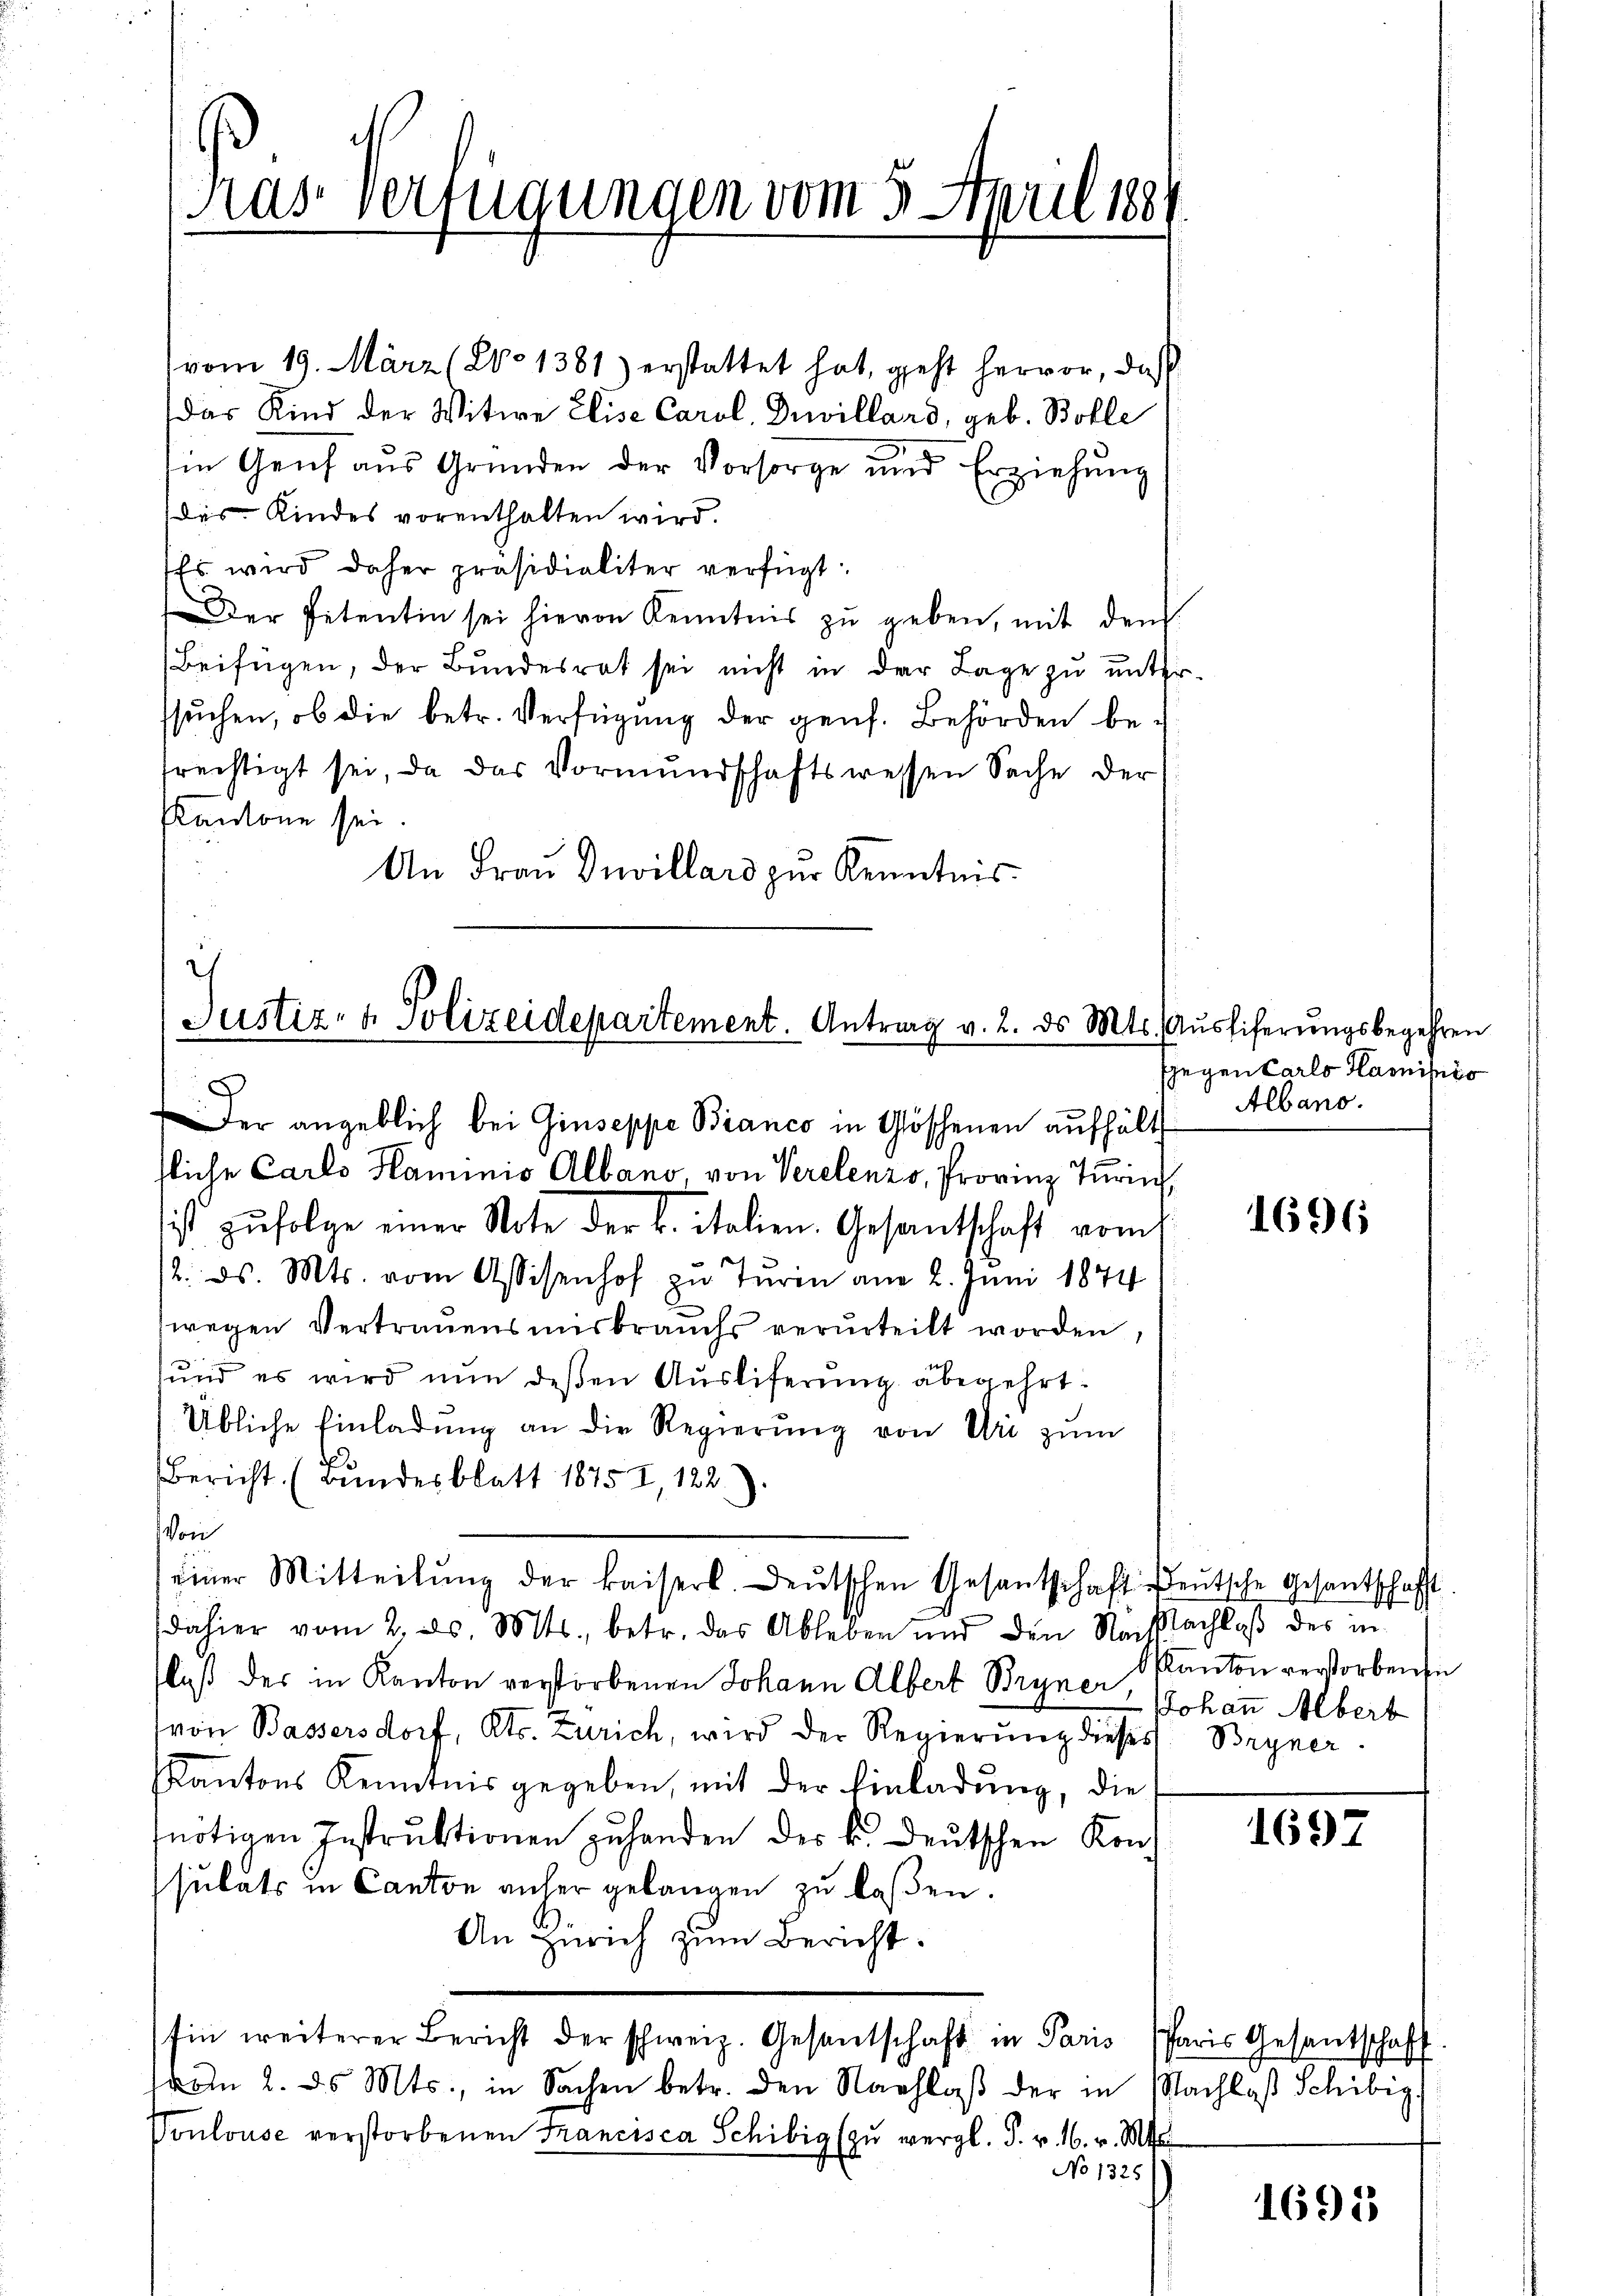
as Verfügungen vom 3. April 188

vom 19. März (2o 1381) erstattet hat, geht hervor, daß
Das Kind der Witwe Elise Carol, Dreillard, geb. Bolle
in Genf aus Gründen der Vorsorge und Erziehung
(des Kindes vorenthalten wird.
Es wird daher präsidialiter verfügt:
Der Petentin sei hievon Kenntnis zu geben, mit den
Beifügen, der Bundesrat sei nicht in der Lage zu unterssŭchen, ob die betr. Verfügŭng der gens. Behörden be-
frechtigt sei, da das Vormŭndschaftswessen Sache der
Cantone sei.
An Frau Duvillard zur Kenntnis

i
Justiz- & Polizeidepartement. Antrag v. 2. ds Mts. Ausliferungsbegehren

Der angeblich bei Giuseppe Bianco in Göschenen aufhält
sliche Carls Haminio Albano, von Verelenz, Provinz Turin,

ist zŭfolge einer Note der B. italien. Gesandtschaft vom
/2. ds. Mts. vom Assesenhof zu Turin am 2. Juni 1874
e
wegen Vertrauensmisbrauchs verurteilt worden,
ŭnd es wird nun deβen Aŭsliferŭng abegehrt:
Übliche Einladŭng an die Regierŭng von Uri zŭm
Bericht (Bundesblatt 1875 I, 122
von
dahier vom 2. ds. Mts., betr. das Ableben und den Nachachlaβ des in
fluß des in Kanton verstorbenen Johann Albert Bryner, Johann Albert
von Bassersdorf, Kts. Zürich, wird der Regierung dieses Bryner-
KKantons Kenntnis gegeben, mit der Einladung, die
nötigen Instruktionen zuhanden des k. Deutschen Konsulats in Canton anher gelangen zu laßen.
An Zürich zum Bericht.
Ein weiterer Bericht der schweiz. Gesentschaft in Paris
vom 2. d. Mts., in Sachen betr. den Nachlaβ der in Nachlaβ Schibig
Vonlouse verstorbenen Francisca Schibig (zŭ vergl. F. v. 16. v. Mts.
No 1325

einer Mitteilŭng der kaiserl. Leŭtschen Gesantschaft deutsche Gesantschaft

gegen Carls Hamisio
Albano.

1696

Kanton verstorbenen

1697

Paris Gesantschaft.

1691